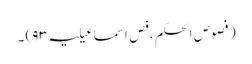
(فصوص الحکم ، فص اسماعیلیہ ۹۳) ۔